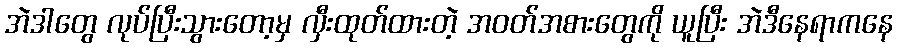
အဲဒါတွေ လုပ်ပြီးသွားတော့မှ လှီးထုတ်ထားတဲ့ အဝတ်အစားတွေကို ယူပြီး အဲဒီနေရာကနေ